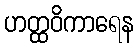
ဟတ္ထဝိကာရေန